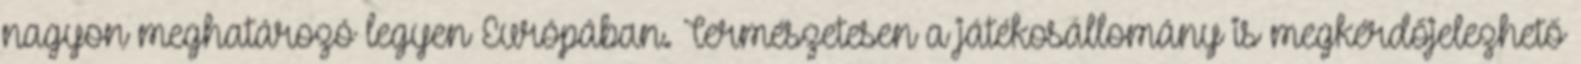
nagyon meghatározó legyen Európában. Természetesen a játékosállomány is megkérdőjelezhető